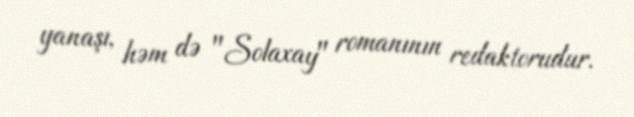
yanaşı, həm də "Solaxay" romanının redaktorudur.